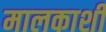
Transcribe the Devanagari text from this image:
मालकाशी